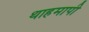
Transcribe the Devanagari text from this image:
थाहमापी